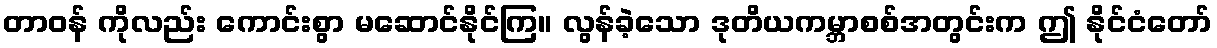
တာဝန် ကိုလည်း ကောင်းစွာ မဆောင်နိုင်ကြ။ လွန်ခဲ့သော ဒုတိယကမ္ဘာစစ်အတွင်းက ဤ နိုင်ငံတော်